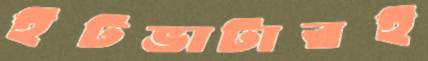
ইটভাটারই